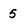
Character: 5